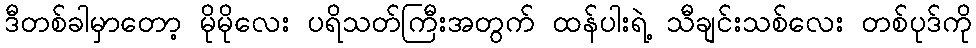
ဒီတစ်ခါမှာတော့ မိုမိုလေး ပရိသတ်ကြီးအတွက် ထန်ပါးရဲ့ သီချင်းသစ်လေး တစ်ပုဒ်ကို